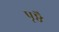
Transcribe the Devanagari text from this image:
पृष्ठै